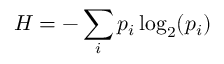
H = - \sum _ { i } p _ { i } \log _ { 2 } ( p _ { i } )